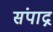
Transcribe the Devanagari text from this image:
संपाद्न